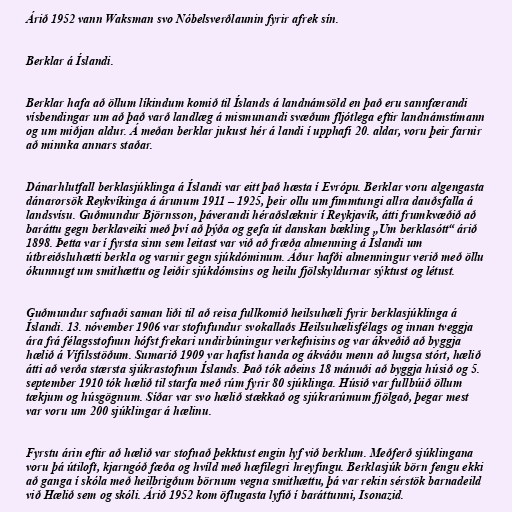
Árið 1952 vann Waksman svo Nóbelsverðlaunin fyrir afrek sín.

Berklar á Íslandi.

Berklar hafa að öllum líkindum komið til Íslands á landnámsöld en það eru sannfærandi
vísbendingar um að það varð landlæg á mismunandi svæðum fljótlega eftir landnámstímann
og um miðjan aldur. Á meðan berklar jukust hér á landi í upphafi 20. aldar, voru þeir farnir
að minnka annars staðar.

Dánarhlutfall berklasjúklinga á Íslandi var eitt það hæsta í Evrópu. Berklar voru algengasta
dánarorsök Reykvíkinga á árunum 1911 – 1925, þeir ollu um fimmtungi allra dauðsfalla á
landsvísu. Guðmundur Björnsson, þáverandi héraðslæknir í Reykjavík, átti frumkvæðið að
baráttu gegn berklaveiki með því að þýða og gefa út danskan bækling „Um berklasótt“ árið
1898. Þetta var í fyrsta sinn sem leitast var við að fræða almenning á Íslandi um
útbreiðsluhætti berkla og varnir gegn sjúkdóminum. Áður hafði almenningur verið með öllu
ókunnugt um smithættu og leiðir sjúkdómsins og heilu fjölskyldurnar sýktust og létust.

Guðmundur safnaði saman liði til að reisa fullkomið heilsuhæli fyrir berklasjúklinga á
Íslandi. 13. nóvember 1906 var stofnfundur svokallaðs Heilsuhælisfélags og innan tveggja
ára frá félagsstofnun hófst frekari undirbúningur verkefnisins og var ákveðið að byggja
hælið á Vífilsstöðum. Sumarið 1909 var hafist handa og ákváðu menn að hugsa stórt, hælið
átti að verða stærsta sjúkrastofnun Íslands. Það tók aðeins 18 mánuði að byggja húsið og 5.
september 1910 tók hælið til starfa með rúm fyrir 80 sjúklinga. Húsið var fullbúið öllum
tækjum og húsgögnum. Síðar var svo hælið stækkað og sjúkrarúmum fjölgað, þegar mest
var voru um 200 sjúklingar á hælinu.

Fyrstu árin eftir að hælið var stofnað þekktust engin lyf við berklum. Meðferð sjúklingana
voru þá útiloft, kjarngóð fæða og hvíld með hæfilegri hreyfingu. Berklasjúk börn fengu ekki
að ganga í skóla með heilbrigðum börnum vegna smithættu, þá var rekin sérstök barnadeild
við Hælið sem og skóli. Árið 1952 kom öflugasta lyfið í baráttunni, Isonazid.